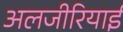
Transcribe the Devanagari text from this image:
अलजीरियाई